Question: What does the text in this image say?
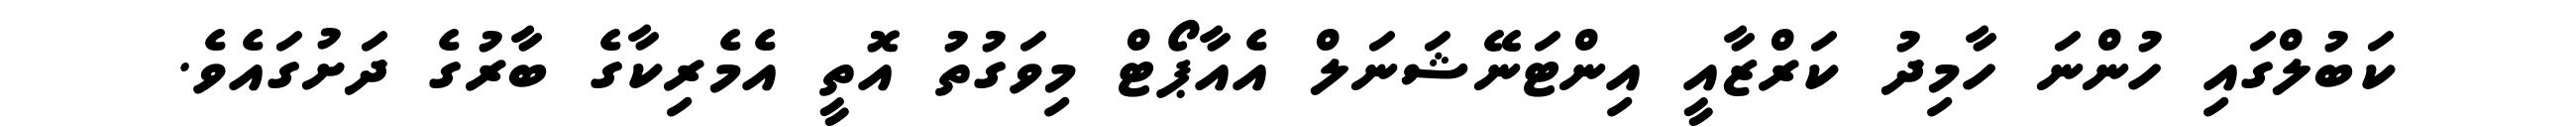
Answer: ކަބުލްގައި ހުންނަ ހާމިދު ކަރްޒާއީ އިންޓަނޭޝަނަލް އެއާޕޯޓް މިވަގުތު އޮތީ އެމެރިކާގެ ބާރުގެ ދަށުގައެވެ.